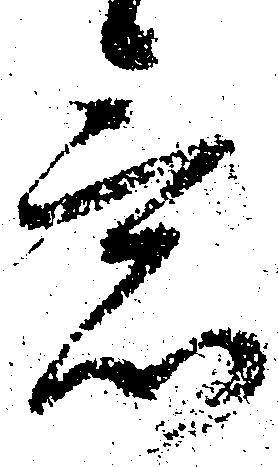
意